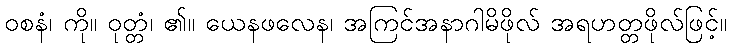
ဝစနံ၊ ကို။ ဝုတ္တံ၊ ၏။ ယေနဖလေန၊ အကြင်အနာဂါမိဖိုလ် အရဟတ္တဖိုလ်ဖြင့်။